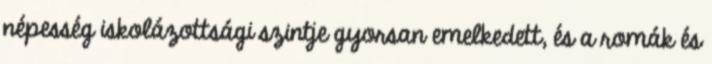
népesség iskolázottsági szintje gyorsan emelkedett, és a romák és